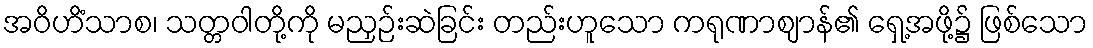
အဝိဟိံသာစ၊ သတ္တဝါတို့ကို မညှဉ်းဆဲခြင်း တည်းဟူသော ကရုဏာဈာန်၏ ရှေ့အဖို့၌ ဖြစ်သော